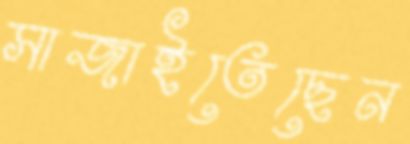
সাজাইতেছেন